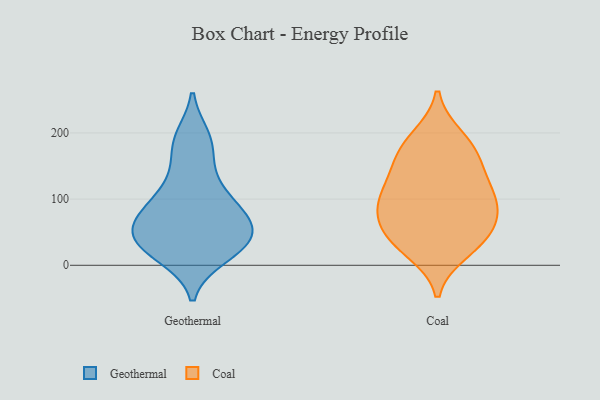
{"axis": {"x": "Production Output", "y": "Value"}, "legend": ["Coal", "Geothermal"], "data": [{"x": "", "y": 13, "type": "Geothermal"}, {"x": "", "y": 111, "type": "Geothermal"}, {"x": "", "y": 73, "type": "Geothermal"}, {"x": "", "y": 44, "type": "Geothermal"}, {"x": "", "y": 194, "type": "Geothermal"}, {"x": "", "y": 31, "type": "Geothermal"}, {"x": "", "y": 51, "type": "Geothermal"}, {"x": "", "y": 169, "type": "Geothermal"}, {"x": "", "y": 15, "type": "Geothermal"}, {"x": "", "y": 27, "type": "Geothermal"}, {"x": "", "y": 54, "type": "Geothermal"}, {"x": "", "y": 89, "type": "Geothermal"}, {"x": "", "y": 72, "type": "Geothermal"}, {"x": "", "y": 99, "type": "Geothermal"}, {"x": "", "y": 65, "type": "Geothermal"}, {"x": "", "y": 135, "type": "Geothermal"}, {"x": "", "y": 191, "type": "Geothermal"}, {"x": "", "y": 36, "type": "Geothermal"}, {"x": "", "y": 103, "type": "Coal"}, {"x": "", "y": 46, "type": "Coal"}, {"x": "", "y": 99, "type": "Coal"}, {"x": "", "y": 152, "type": "Coal"}, {"x": "", "y": 22, "type": "Coal"}, {"x": "", "y": 163, "type": "Coal"}, {"x": "", "y": 182, "type": "Coal"}, {"x": "", "y": 130, "type": "Coal"}, {"x": "", "y": 193, "type": "Coal"}, {"x": "", "y": 49, "type": "Coal"}, {"x": "", "y": 99, "type": "Coal"}, {"x": "", "y": 33, "type": "Coal"}, {"x": "", "y": 86, "type": "Coal"}, {"x": "", "y": 68, "type": "Coal"}]}